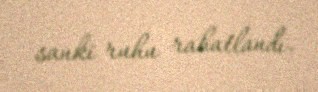
sanki ruhu rahatlandı.